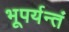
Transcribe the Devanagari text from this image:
भूपर्यन्तं